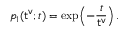
p _ { 1 } ( { \sf t ^ { v } } ; t ) = \exp \Bigl ( - \frac { t } { { \sf t ^ { v } } } \Bigr ) \, .